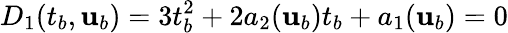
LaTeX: D_{1}(t_{b},{\mathbf{u}}_{b})=3t_{b}^{2}+2a_{2}({\mathbf{u}}_{b})t_{b}+a_{1}({\mathbf{u}}_{b})=0